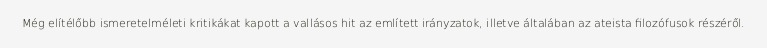
Még elítélőbb ismeretelméleti kritikákat kapott a vallásos hit az említett irányzatok, illetve általában az ateista filozófusok részéről.